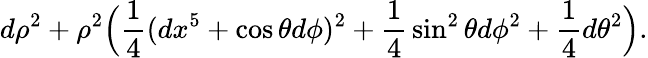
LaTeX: d\rho^{2}+\rho^{2}\Big({\frac{1}{4}}(dx^{5}+\cos\theta d\phi)^{2}+{\frac{1}{4}}\sin^{2}\theta d\phi^{2}+{\frac{1}{4}}d\theta^{2}\Big).